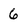
Character: 6